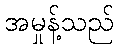
အမှုန့်သည်